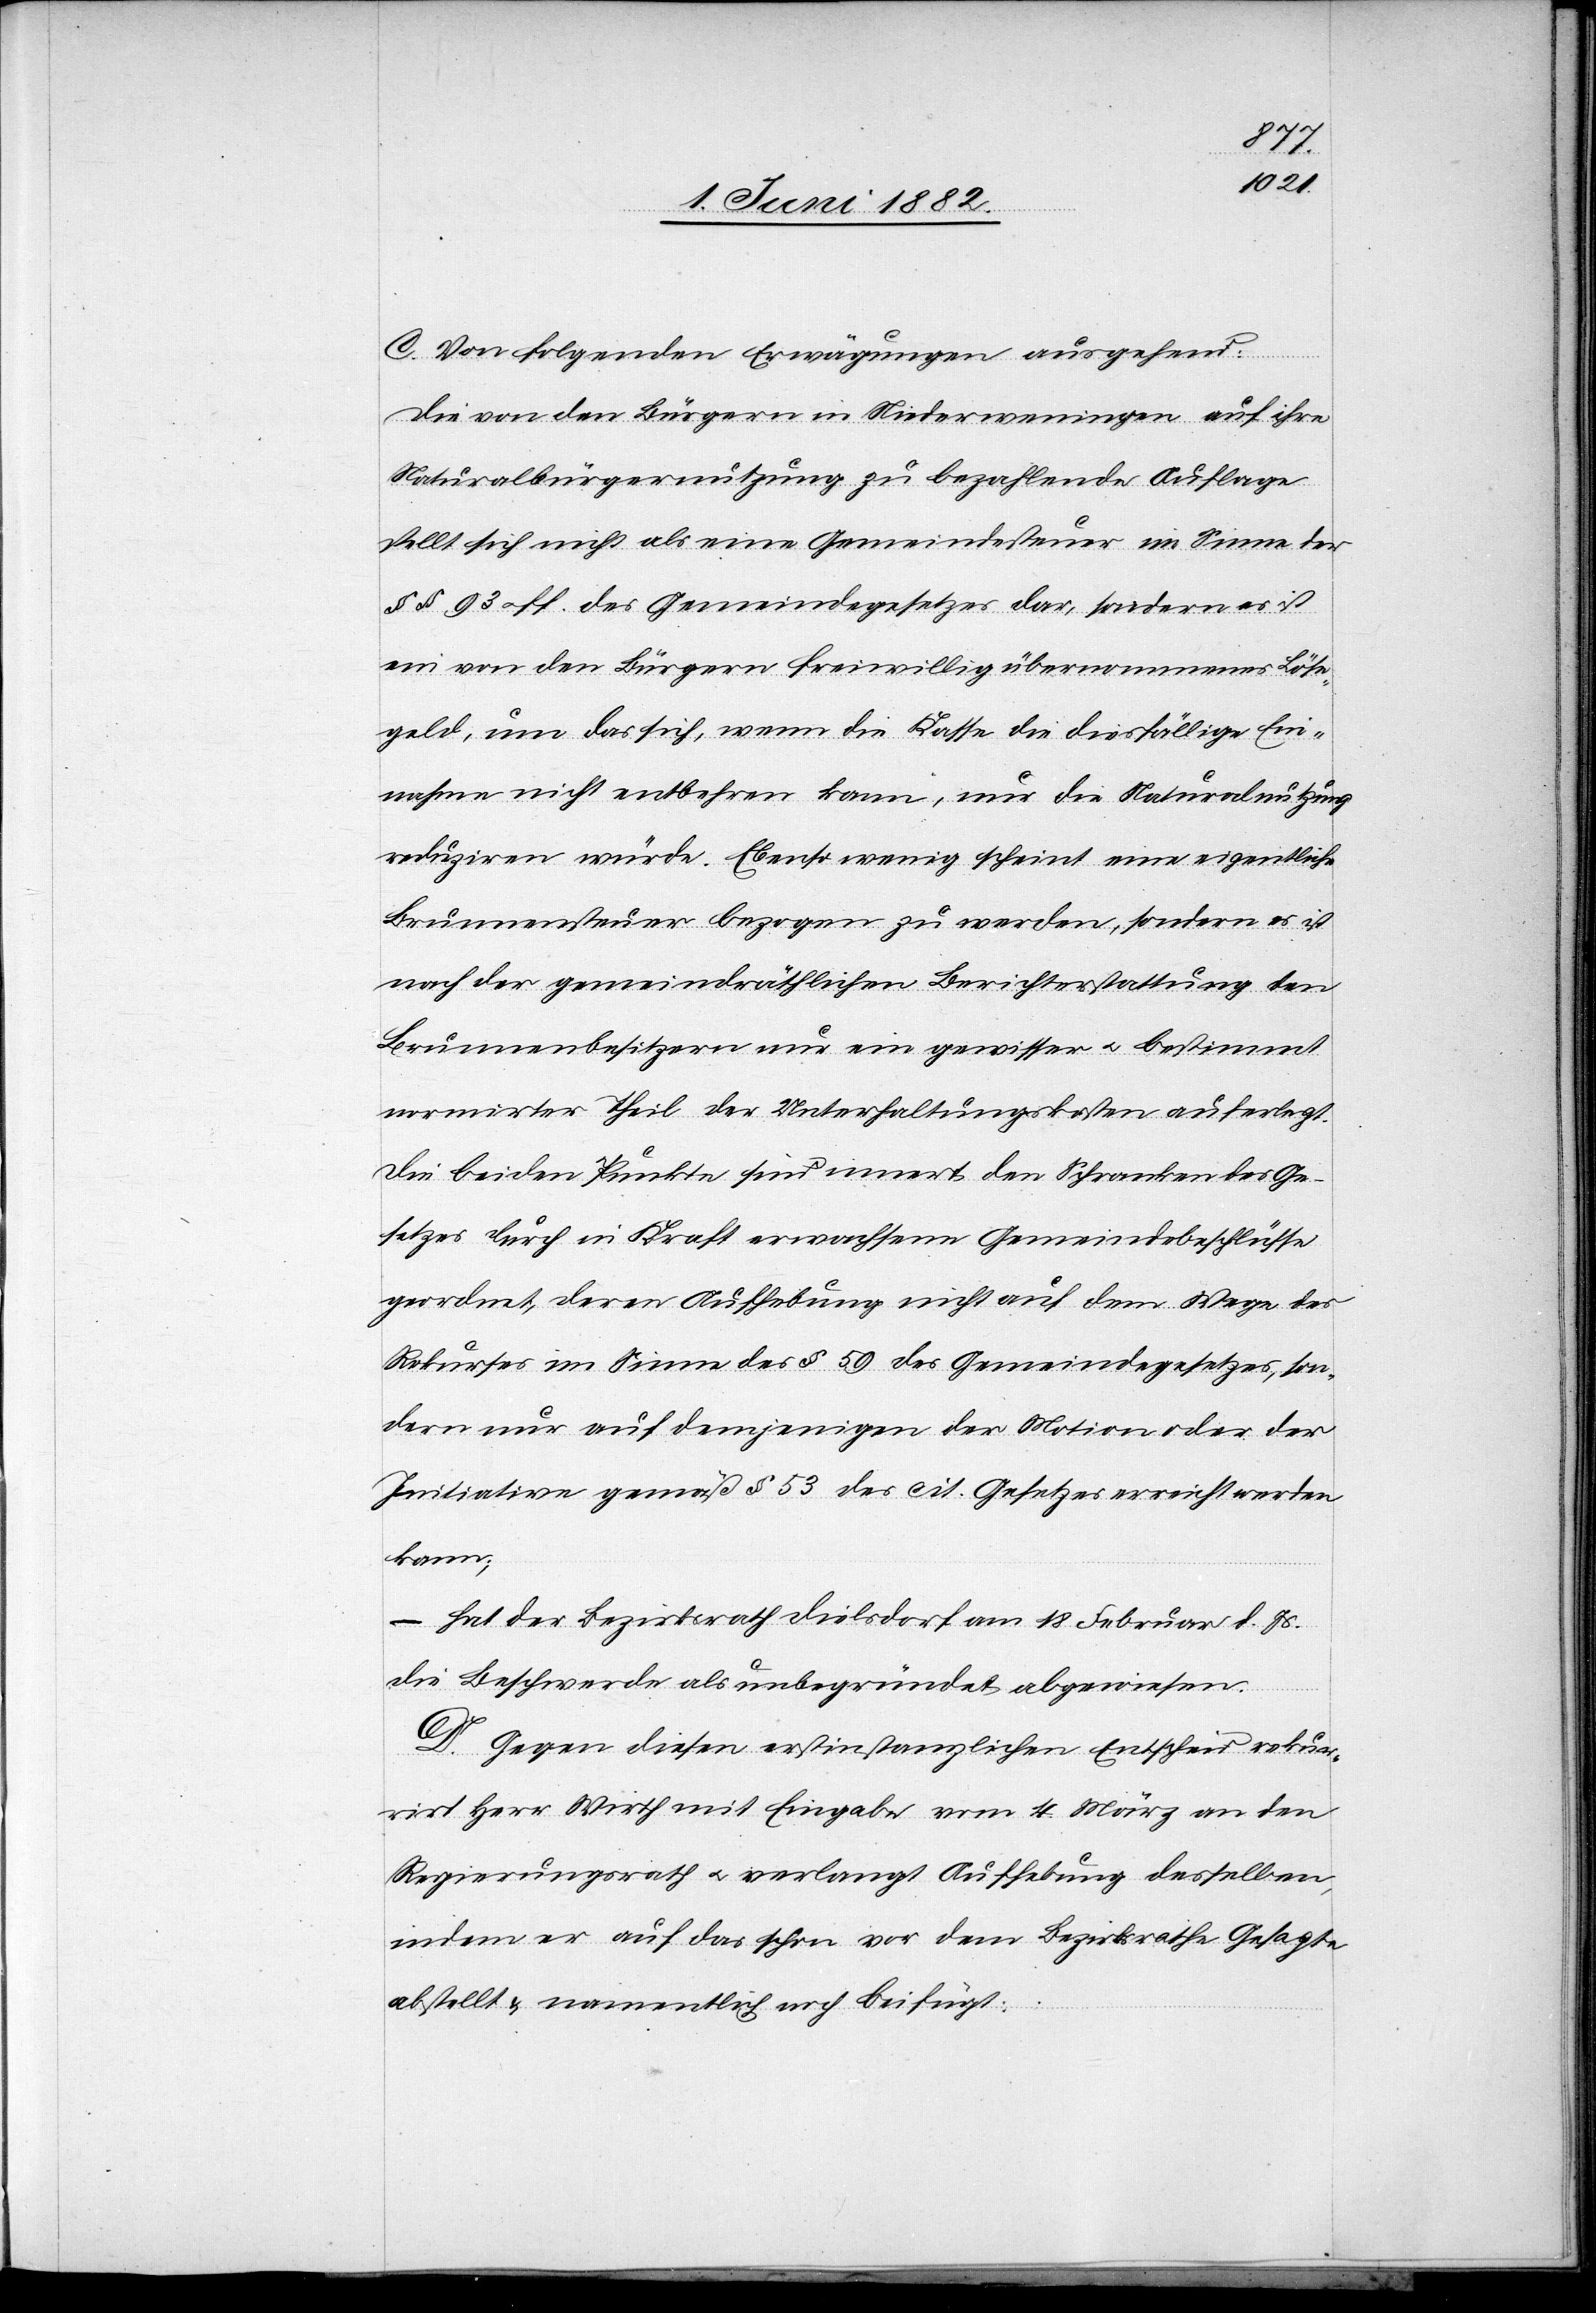
C. Von folgenden Erwägungen ausgehend:
Die von den Bürgern in Niederweningen auf ihre
Naturalbürgernutzung zu bezahlende Auflage
stellt sich nicht als eine Gemeindesteuer im Sinne der
§§ 93 u. ff. des Gemeindegesetzes dar, sondern es ist
ein von den Bürgern freiwillig übernommenes Löse¬
geld, um das sich, wenn die Kasse die diesfällige Ein¬
nahme nicht entbehren kann, nur die Naturalnutzung
reduziren würde. Ebenso wenig scheint eine eigentliche
Brunnensteuer bezogen zu werden, sondern es ist
nach der gemeindräthlichen Berichterstattung den
Brunnenbesitzern nur ein gewisser u. bestimmt
normirter Theil der Unterhaltungskosten auferlegt.
Die beiden Punkte sind innert den Schranken des Ge¬
setzes durch in Kraft erwachsene Gemeindebeschlüsse
geordnet, deren Aufhebung nicht auf dem Wege des
Rekurses im Sinne des § 59 des Gemeindegesetzes, son¬
dern nur auf demjenigen der Motion oder der
Initiative gemäß § 53 des cit. Gesetzes erreicht werden
kann;
– hat der Bezirksrath Dielsdorf am 18. Februar d. Js.
die Beschwerde als unbegründet abgewiesen.
D. Gegen diesen erstinstanzlichen Entscheid rekur¬
rirt Herr Wirth mit Eingabe vom 4. März an den
Regierungsrath u. verlangt Aufhebung desselben,
indem er auf das schon vor dem Bezirksrathe Gesagte
abstellt & namentlich noch beifügt: